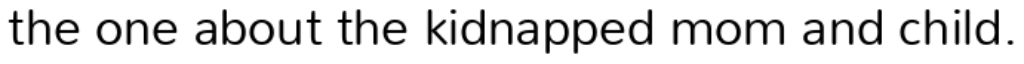
the one about the kidnapped mom and child.